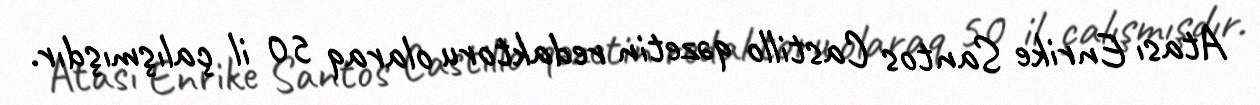
Atası Enrike Santos Castillo qəzetin redaktoru olaraq 50 il çalışmışdır.